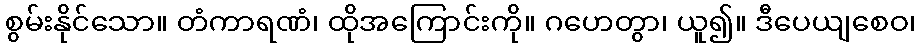
စွမ်းနိုင်သော။ တံကာရဏံ၊ ထိုအကြောင်းကို။ ဂဟေတွာ၊ ယူ၍။ ဒီပေယျစေဝ၊